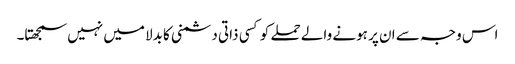
اس وجہ سے ان پر ہونے والے حملے کو کسی ذاتی دشمنی کا بدلا میں نہیں سمجھتا۔